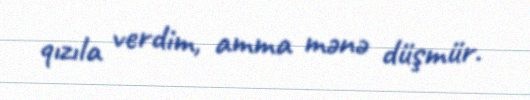
qızıla verdim, amma mənə düşmür.